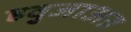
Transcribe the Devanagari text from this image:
हवुजाअत